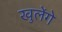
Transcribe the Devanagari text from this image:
खुलेंगे